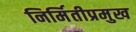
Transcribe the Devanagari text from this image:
निर्मितीप्रमुख